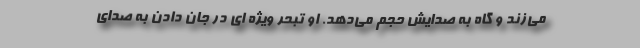
می‌زند و گاه به صدایش حجم می‌دهد. او تبحر ویژه ای در جان دادن به صدای